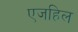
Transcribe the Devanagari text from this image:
एजहिल